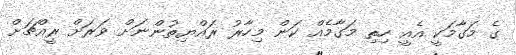
ގެ މަގާމަކީ އެއީ ހިތި މަގާމެއް ކަން މިހާރު ރައްޔިތުންނަށް ވަރަށް ރީއްޗަށް